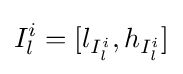
I_{l}^{i}=[l_{I_{l}^{i}},h_{I_{l}^{i}}]